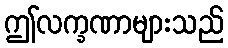
ဤလက္ခဏာများသည်